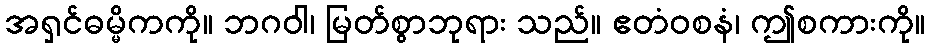
အရှင်ဓမ္မိကကို။ ဘဂဝါ၊ မြတ်စွာဘုရား သည်။ ဧတံဝစနံ၊ ဤစကားကို။